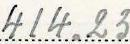
414.23